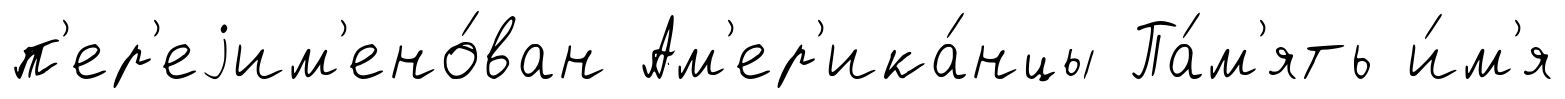
п'ер'еjим'ено́ван Ам'ер'ика́нцы Па́м'ять и́м'я